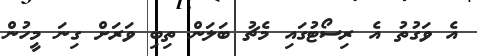
އެ ވަގުތު އެ ރިސޯޓުގައި މެޗު ބަލަން ތިބި ވަރަށް ގިނަ މީހުން